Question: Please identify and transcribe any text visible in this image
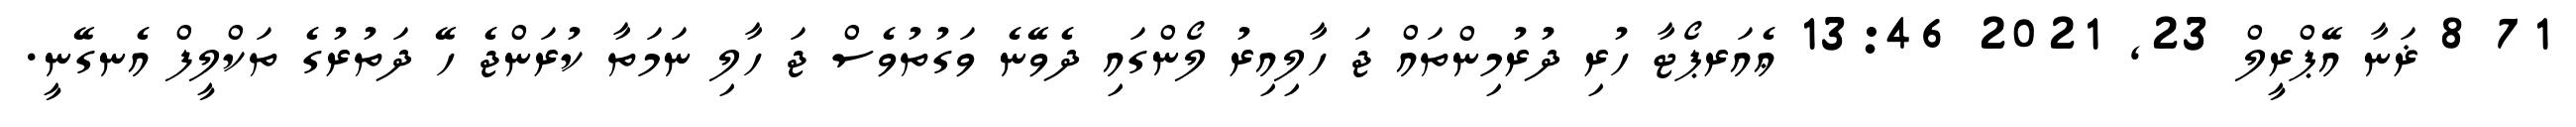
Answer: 71 8 ޜަނާ އޭޕްރީލް 23, 2021 13:46 ޢެއަރޕޯޓާ ހުރި ދުރުމިންތައް ޖަ ހާލިއިރު ލޯންގައި ދެވޭނެ ވަގުތުވެސް ޖަ ހާލި ނަމަތާ ކުރަންޖެ ހޭ ދަތުރުގެ ތަކްލީފް އެނގޭނީ.